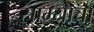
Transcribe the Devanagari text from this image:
साम्याचा